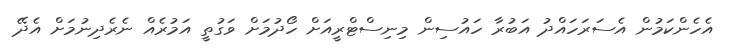
އެހެންކަމުން އެސަރަހައްދު އަބުރާ ހައުސިން މިނިސްޓްރީއަށް ހޯދުމަށް ވަގުތީ އަމުރެއް ނެރެދިނުމަށް އެދޭ